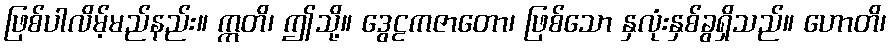
ဖြစ်ပါလိမ့်မည်နည်း။ ဣတိ၊ ဤသို့။ ဒွေဠကဇာတော၊ ဖြစ်သော နှလုံးနှစ်ခွရှိသည်။ ဟောတိ၊